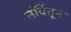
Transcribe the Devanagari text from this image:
नॉर्वेतून